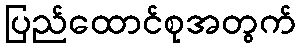
ပြည်ထောင်စုအတွက်